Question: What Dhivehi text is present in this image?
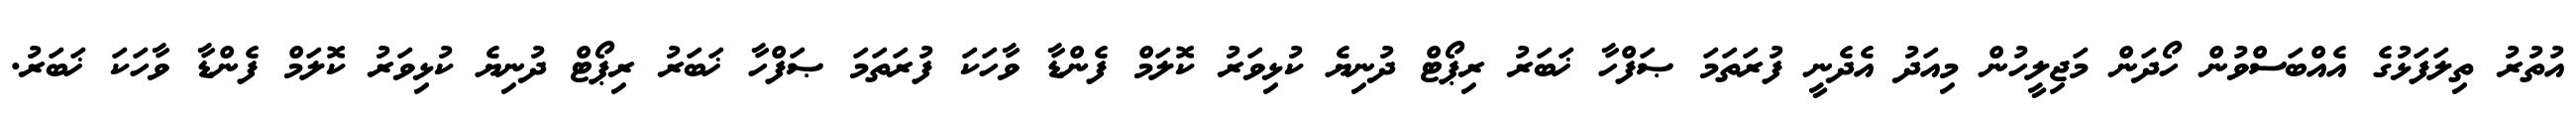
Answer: އުތުރު ތިލަފަޅުގެ އެއްބަސްވުން ހޯދަން މަޖިލީހުން މިއަދު އެދެނީ ފުރަތަމަ ޞަފްހާ ޚަބަރު ރިޕޯޓް ދުނިޔެ ކުޅިވަރު ކޮލަމް ފެންޑާ ވާހަކަ ފުރަތަމަ ޞަފްހާ ޚަބަރު ރިޕޯޓް ދުނިޔެ ކުޅިވަރު ކޮލަމް ފެންޑާ ވާހަކަ ޚަބަރު.